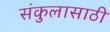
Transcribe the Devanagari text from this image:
संकुलासाठी